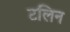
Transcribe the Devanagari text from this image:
टलिन